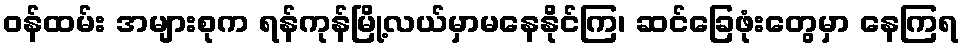
ဝန်ထမ်း အများစုက ရန်ကုန်မြို့လယ်မှာမနေနိုင်ကြ၊ ဆင်ခြေဖုံးတွေမှာ နေကြရ